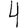
Digit: 4